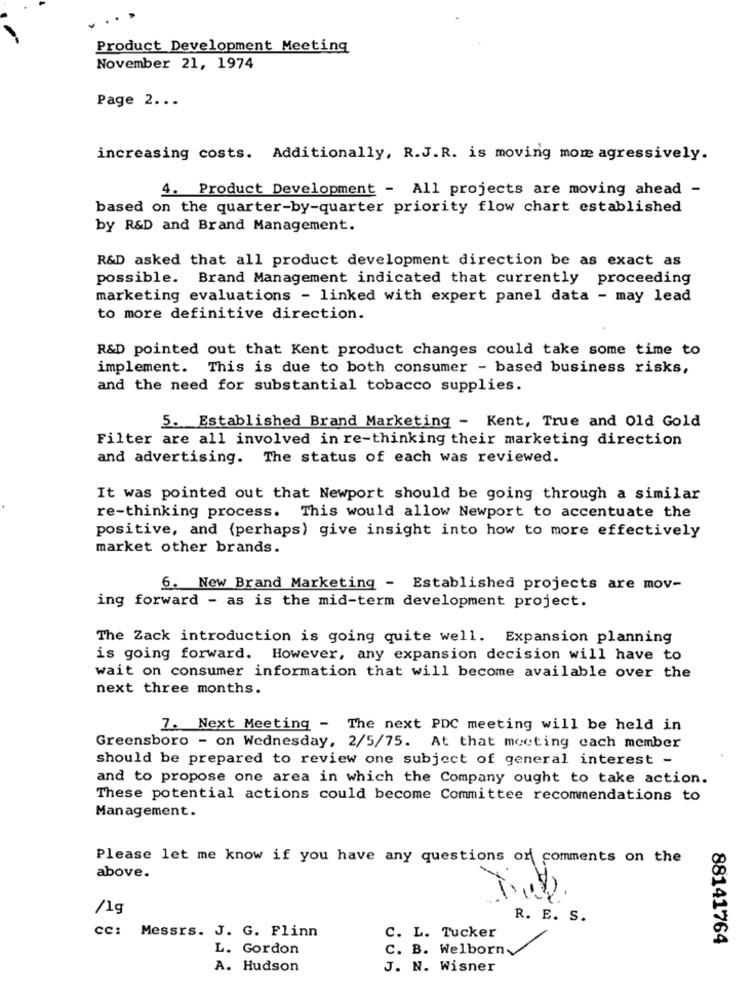
Product Development Meeting
November 21, 1974
Page 2 ...
increasing costs. Additionally, R.J.R. is moving more agressively.
4. Product Development - All projects are moving ahead -
based on the quarter-by-quarter priority flow chart established
by R&D and Brand Management.
R&D asked that all product development direction be as exact as
possible. Brand Management indicated that currently proceeding
marketing evaluations - linked with expert panel data - may lead
to more definitive direction.
R&D pointed out that Kent product changes could take some time to
implement. This is due to both consumer - based business risks,
and the need for substantial tobacco supplies.
5. Established Brand Marketing - Kent, True and Old Gold
Filter are all involved in re-thinking their marketing direction
and advertising. The status of each was reviewed.
It was pointed out that Newport should be going through a similar
re-thinking process. This would allow Newport to accentuate the
positive, and (perhaps) give insight into how to more effectively
market other brands.
6. New Brand Marketing - Established projects are mov-
ing forward - as is the mid-term development project.
The Zack introduction is going quite well. Expansion planning
is going forward. However, any expansion decision will have to
wait on consumer information that will become available over the
next three months.
7. Next Meeting - The next PDC meeting will be held in
Greensboro - on Wednesday, 2/5/75. At that meeting each member
should be prepared to review one subject of general interest -
and to propose one area in which the Company ought to take action.
These potential actions could become Committee recommendations to
Management.
Please let me know if you have any questions or comments on the
above.
/1g
R. E. S.
cc: Messrs. J. G. Flinn
C. L. Tucker
88141764
L. Gordon
C. B. Welborn
A. Hudson
J. N. Wisner